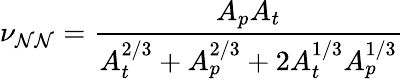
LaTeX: \nu_{\mathcal{N}\mathcal{N}}=\frac{{A_{p}A_{t}}}{{A_{t}^{2/3}+A_{p}^{2/3}+2A_{t}^{1/3}A_{p}^{1/3}}}